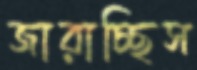
জারাচ্ছিস